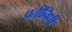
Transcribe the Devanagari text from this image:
प्रतींनिधी